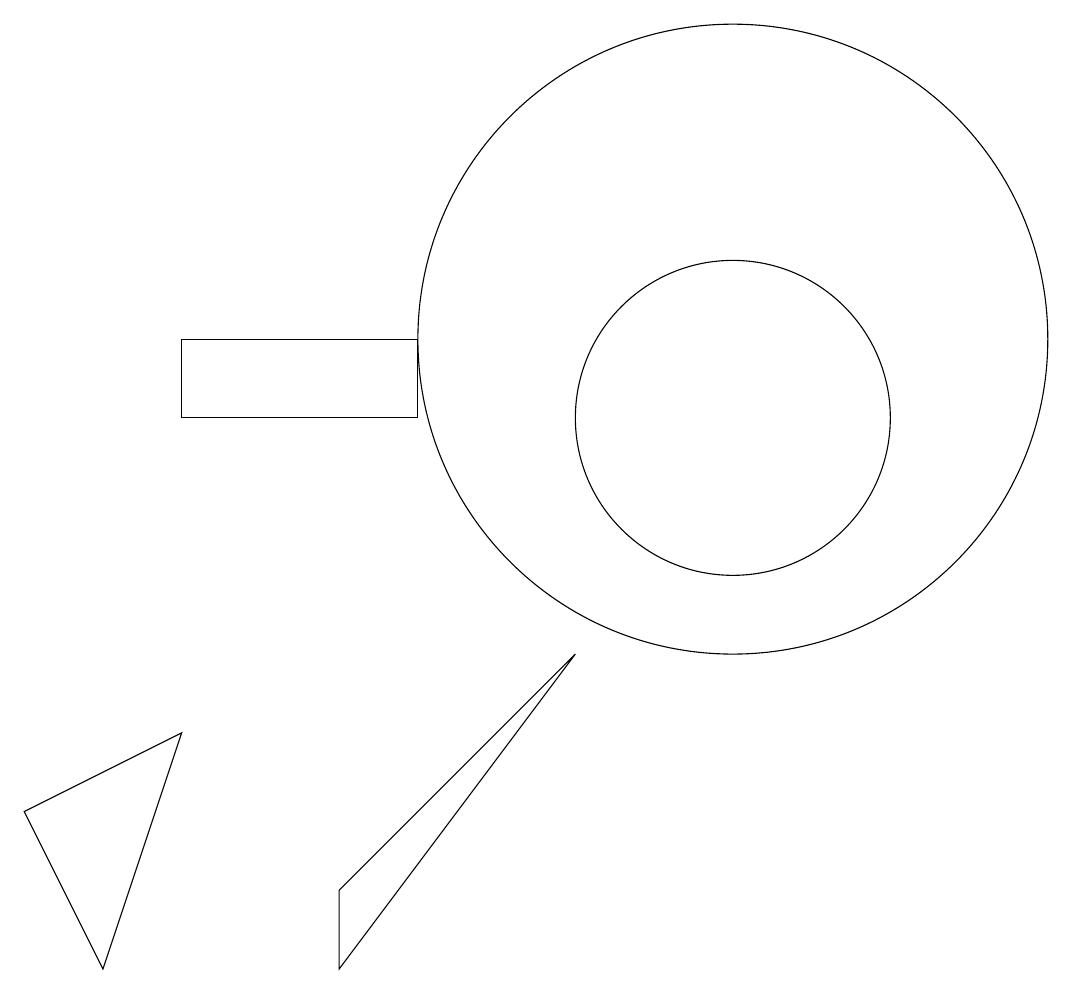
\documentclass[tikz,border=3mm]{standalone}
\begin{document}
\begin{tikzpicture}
\draw (1,6) -- (2,4) -- (3,7) -- cycle;
\draw (10,12) circle (4);
\draw (5,4) -- (5,5) -- (8,8) -- cycle;
\draw (6,12) rectangle (3,11);
\draw (10,11) circle (2);
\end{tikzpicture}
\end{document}